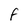
Character: f